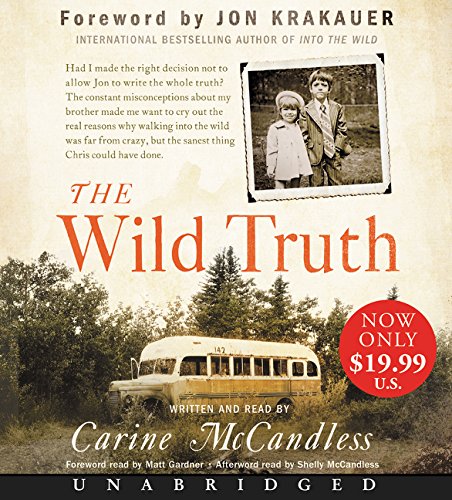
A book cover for The Wild Truth Low Price CD: The Untold Story of Sibling Survival; Carine McCandless; Parenting & Relationships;